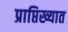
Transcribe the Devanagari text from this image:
प्राप्तिख्यात